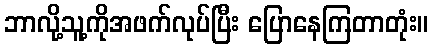
ဘာလို့သူ့ကိုအဖက်လုပ်ပြီး ပြောနေကြတာတုံး။